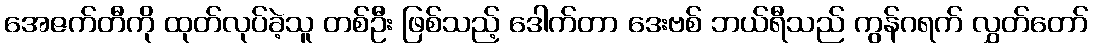
အေဇက်တီကို ထုတ်လုပ်ခဲ့သူ တစ်ဦး ဖြစ်သည့် ဒေါက်တာ ဒေးဗစ် ဘယ်ရီသည် ကွန်ဂရက် လွှတ်တော်